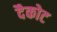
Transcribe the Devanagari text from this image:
दैकोट